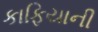
કાફિયાની